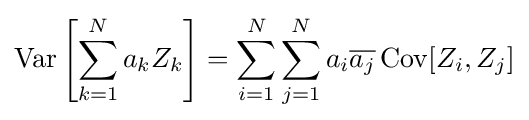
\operatorname {Var} \left[\sum _{k=1}^{N}a_{k}Z_{k}\right]=\sum _{i=1}^{N}\sum _{j=1}^{N}a_{i}{\overline {a_{j}}}\operatorname {Cov} [Z_{i},Z_{j}]